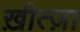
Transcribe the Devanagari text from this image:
ख़ीत्ज़ा